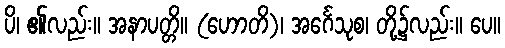
ပိ၊ ၏လည်း။ အနာပတ္တိ။ (ဟောတိ)၊ အင်္ဂေသုစ၊ တို့၌လည်း။ ပေ။